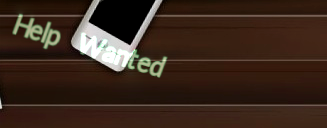
Help Wanted